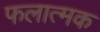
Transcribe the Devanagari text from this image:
फलात्मक